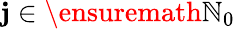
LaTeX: \mathbf{j}\in\ensuremath{{\mathbb{{N}}}}_{0}